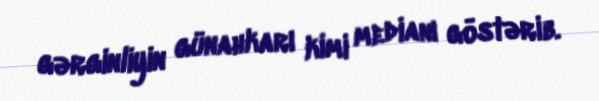
gərginliyin günahkarı kimi medianı göstərib.